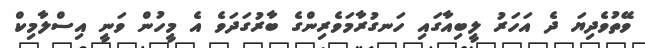
ވޭތުވެދިޔަ ދެ އަހަރު ލީބިއާގައި ހަނގުރާމަވެރިންގެ ބާރުގަދަވެ އެ މީހުން ވަނީ އިސްލާމިކް